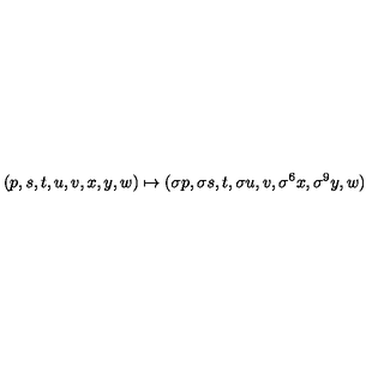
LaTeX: ( p , s , t , u , v , x , y , w ) \mapsto ( \sigma p , \sigma s , t , \sigma u , v , \sigma ^ { 6 } x , \sigma ^ { 9 } y , w )